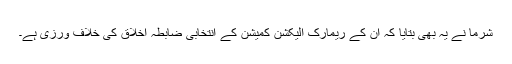
شرما نے یہ بھی بتایا کہ ان کے ریمارک الیکشن کمیشن کے انتخابی ضابطہ اخلاق کی خلاف ورزی ہے۔